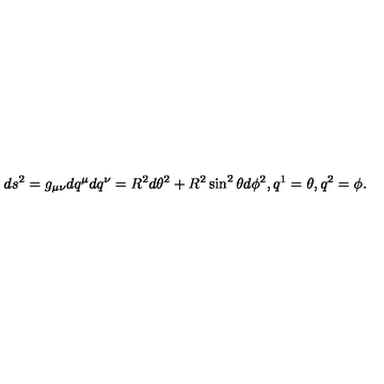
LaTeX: d s ^ { 2 } = g _ { \mu \nu } d q ^ { \mu } d q ^ { \nu } = R ^ { 2 } d \theta ^ { 2 } + R ^ { 2 } \sin ^ { 2 } \theta d \phi ^ { 2 } , q ^ { 1 } = \theta , q ^ { 2 } = \phi .